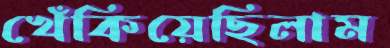
খেঁকিয়েছিলাম